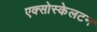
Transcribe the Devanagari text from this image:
एक्सोस्केलटन